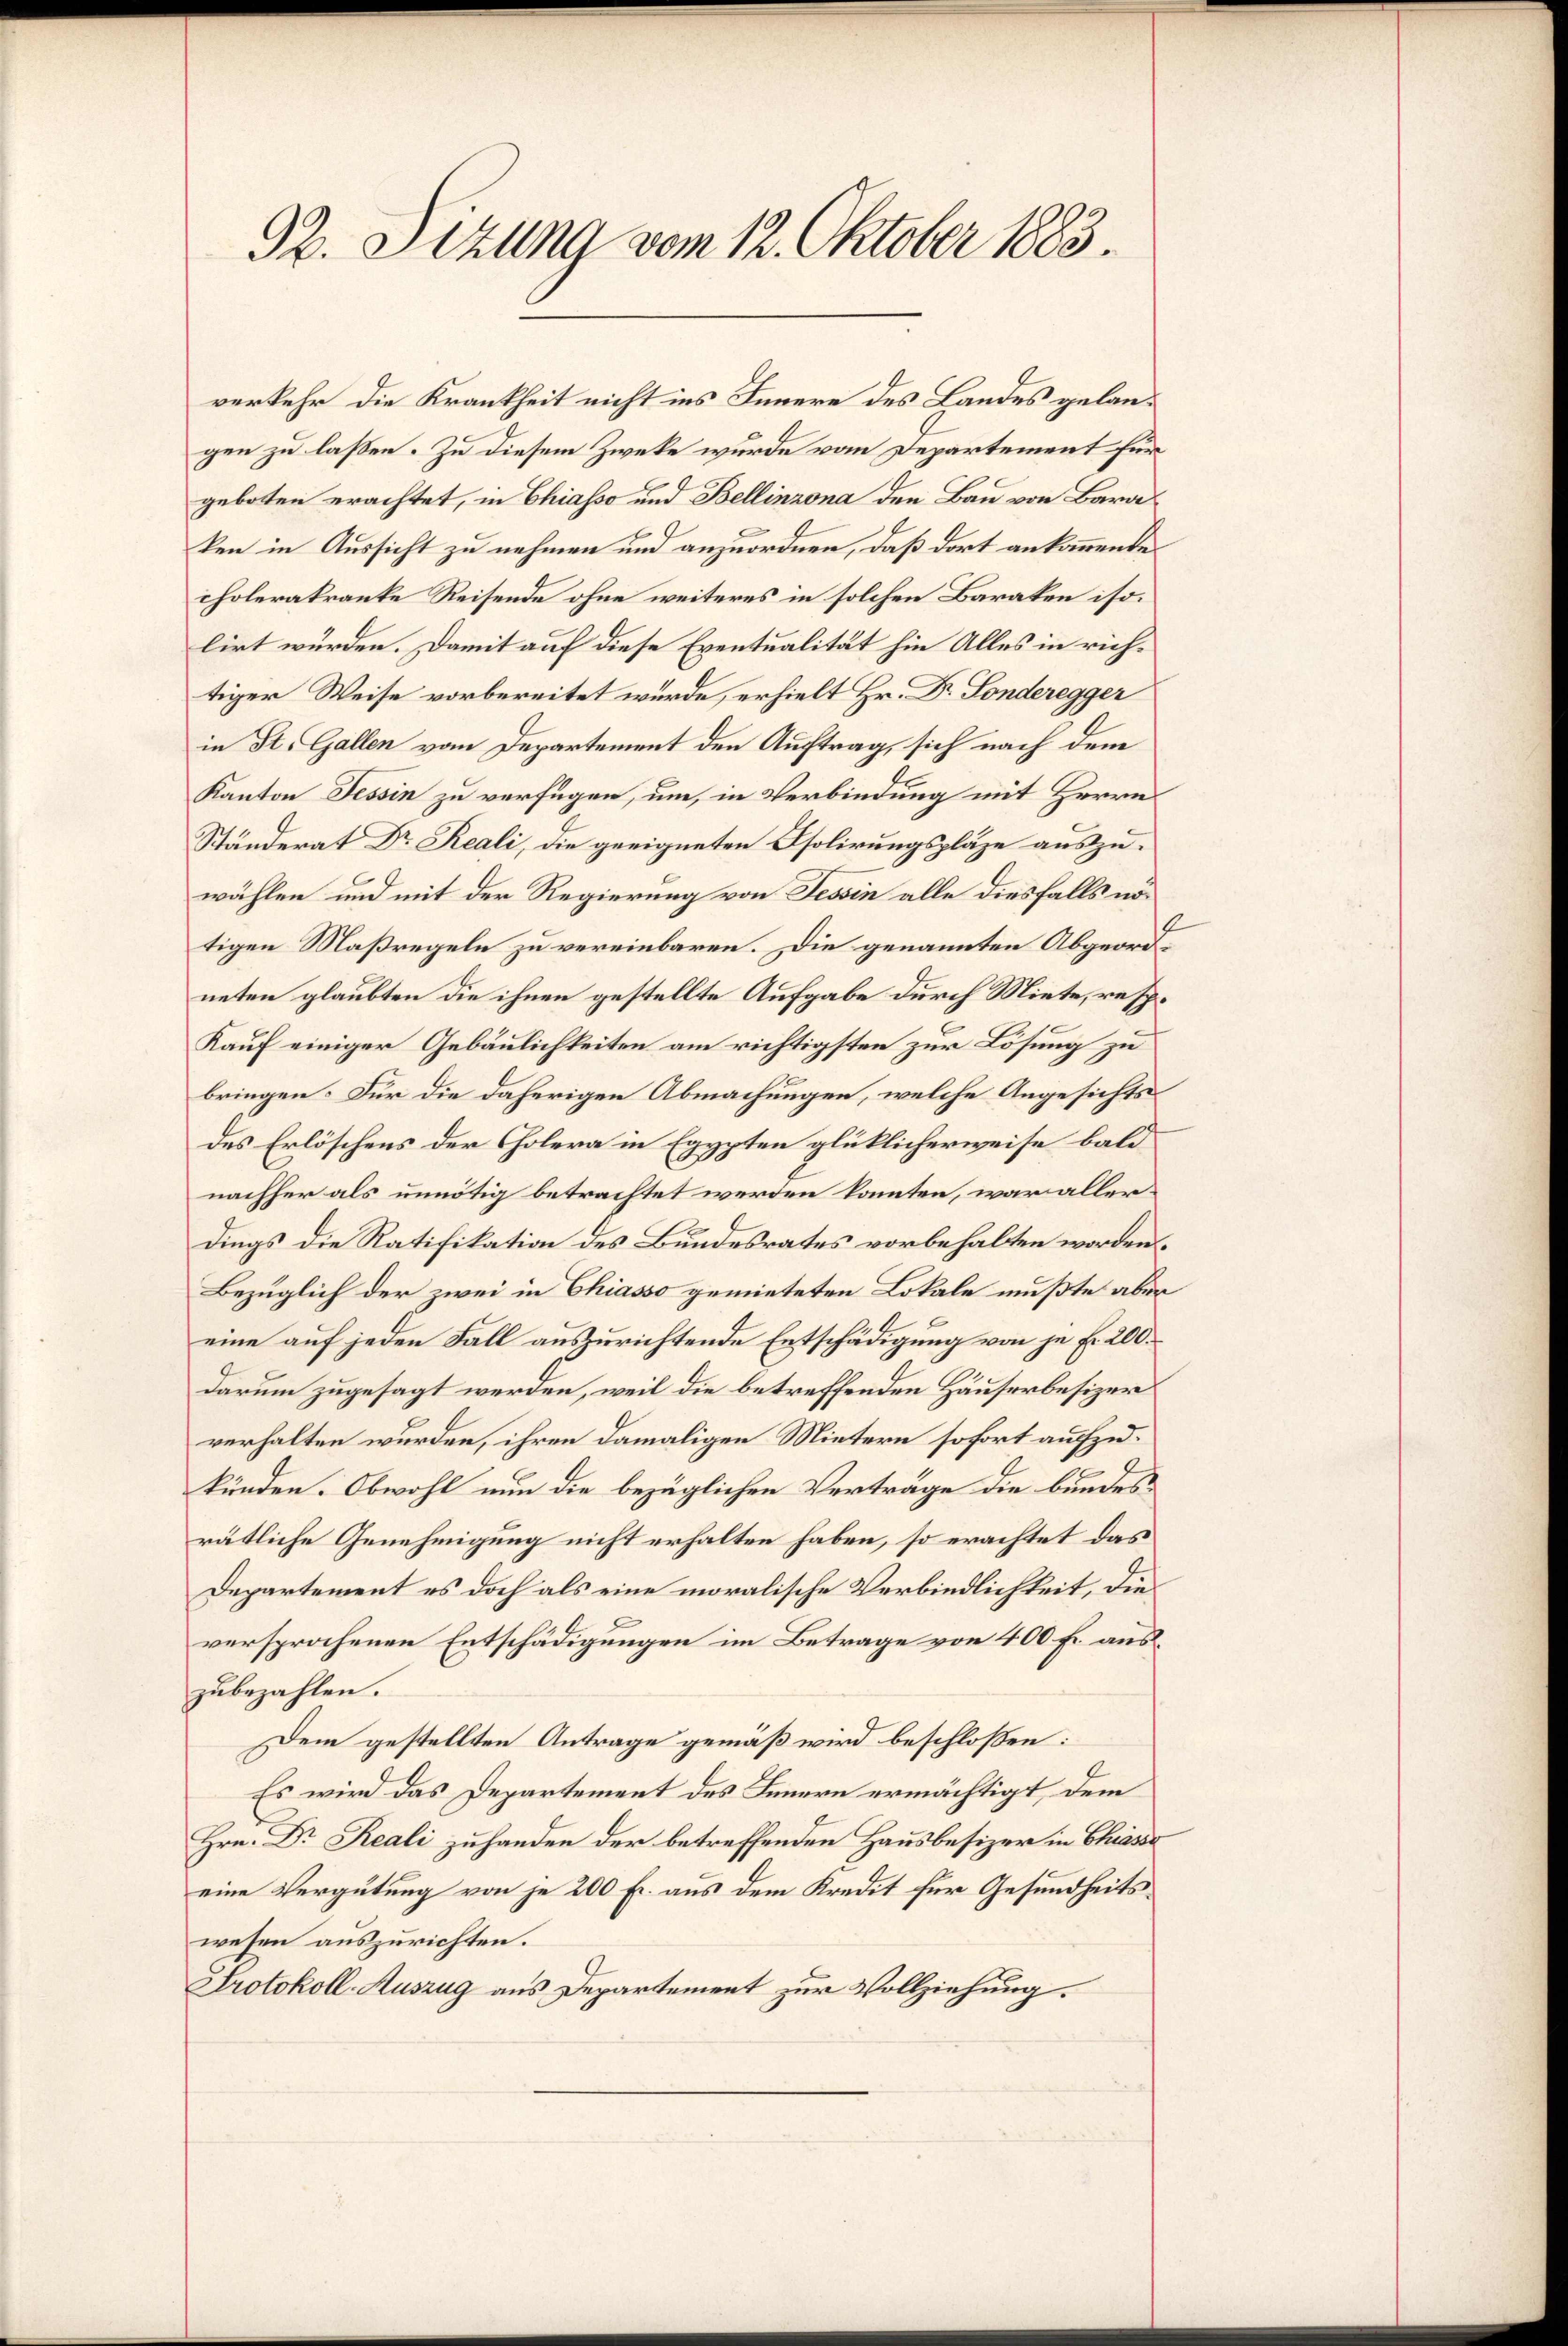
verkehr die Krankheit nicht ins Innere des Landes gelangen zu laßen. Zu diesem Zwecke wurde vom Departement für
geboten erachtet, in Chiasso und Bellinzona den Bau von Baraken in Aussicht zu nehmen und anzuordnen, daß dort ankommende
cholerakranke Reisende ohne weiteres in solchen Baraken iso.
lirt würden. Damit auf diese Eventualität hin Alles in richtiger Weise vorbereitet wurde, erhielt Hr. Dr. Fonderegger
in St. Gallen vom Departement den Auftrag, sich nach dem
Kanton Tessin zu verfügen, um, in Verbindung mit Herrn
Ständerat Dr Reali, die geeigneten Isolirungsplätze auszuwählen und mit der Regierung von Tessin alle diesfalls nötigen Maßregeln zu vereinbaren. Die genannten Abgeordneten glaubten die ihnen gestellte Aufgabe durch Miete, resp.
Kauf einiger Gebäulichkeiten am richtigsten zur Lösung zu
bringen. Für die daherigen Abmachungen, welche Angesichtsdes Erlöschens der Cholera in Egypten glücklicherweise baldnachher als unnötig betrachtet werden konnten, war allerdings die Ratifikation des Bundesrates vorbehalten worden,
Bezüglich der zwei in Chiasso gemieteten Lokale mußte aber
eine auf jeden Fall auszurichtende Entschädigung von je Fr. 200.
darum zugesagt werden, weil die betreffenden Häuserbesizer
verhalten wurden, ihren damaligen Mietern sofort aufzukünden. Obwohl nun die bezüglichen Verträge die bundesrätliche Genehmigung nicht erhalten haben, so erachtet das
Departement es doch als eine moralische Verbindlichkeit, die
versprochenen Entschädigungen im Betrage von 400 fl. auszubezahlen.
Dem gestellten Antrage gemäß wird beschlossen:
Es wird das Departement des Innern ermächtigt, dem
Hrn. Dr Reali zuhanden der betreffenden Hausbesizer in Chasse
eine Vergütung von je 200 Fr. aus dem Kredit für Gesundheits
wesen auszurichten.
Protokoll-Auszug aus Departement zur Vollziehung.

92. Sitzung vom 12. Oktober 1883.